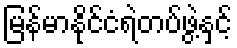
မြန်မာနိုင်ငံရဲတပ်ဖွဲ့နှင့်